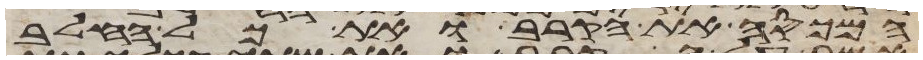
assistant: המכסה את הקרב ואת כל החלב